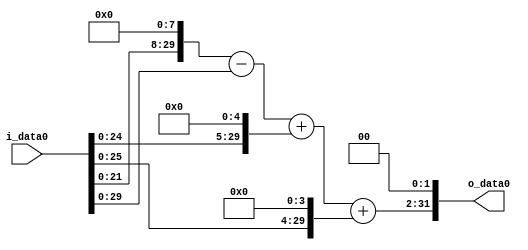
module multiplier_block (
    i_data0,
    o_data0
);

  // Port mode declarations:
  input   [31:0] i_data0;
  output  [31:0]
    o_data0;

  //Multipliers:

  wire [31:0]
    w1,
    w256,
    w255,
    w32,
    w287,
    w16,
    w303,
    w1212;

  assign w1 = i_data0;
  assign w1212 = w303 << 2;
  assign w16 = w1 << 4;
  assign w255 = w256 - w1;
  assign w256 = w1 << 8;
  assign w287 = w255 + w32;
  assign w303 = w287 + w16;
  assign w32 = w1 << 5;

  assign o_data0 = w1212;

  //multiplier_block area estimate = 5125.98244440588;
endmodule